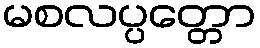
မစလပ္ပတ္တော